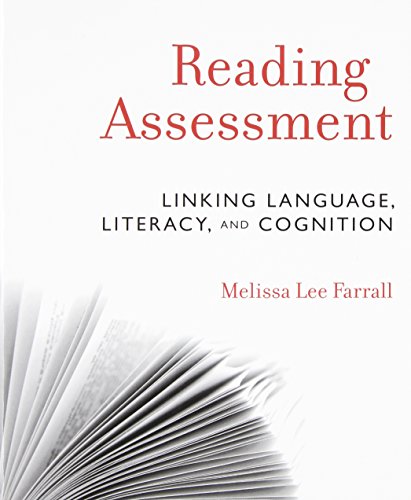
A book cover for Reading Assessment: Linking Language, Literacy, and Cognition; Melissa Lee Farrall; Medical Books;